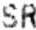
SR